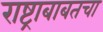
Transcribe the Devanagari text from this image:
राष्ट्राबाबतचा